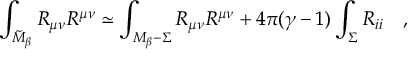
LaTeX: \int _ { \tilde { \cal M } _ { \beta } } R _ { \mu \nu } R ^ { \mu \nu } \simeq \int _ { { \cal M } _ { \beta } - \Sigma } R _ { \mu \nu } R ^ { \mu \nu } + 4 \pi ( \gamma - 1 ) \int _ { \Sigma } R _ { i i } ~ ~ ~ ,